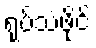
ရုပ်သံဖိုင်